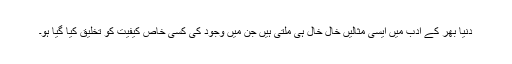
دنیا بھر کے ادب میں ایسی مثالیں خال خال ہی ملتی ہیں جن میں وجود کی کسی خاص کیفیت کو تخلیق کیا گیا ہو۔